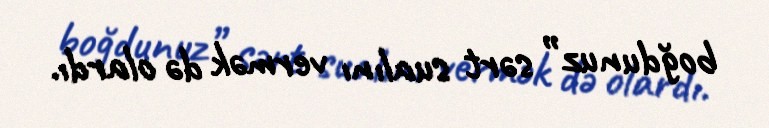
boğdunuz” sərt sualını vermək də olardı.